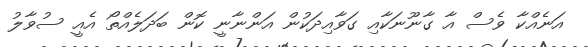
އަނެއްކާ ވެސް އާ ގާނޫނަކާއި ގަވާއިދަކުން އަންނާނީ ކޮން ބަދަލެއްތޯ އެއީ ސުވާލު